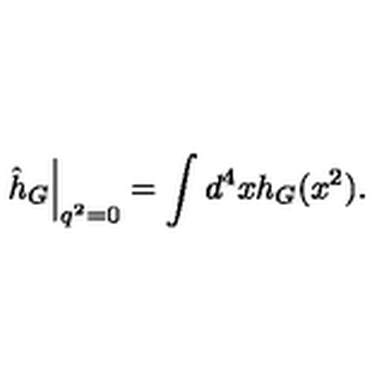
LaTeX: \left. \hat { h } _ { G } \right| _ { q ^ { 2 } = 0 } = \int d ^ { 4 } x h _ { G } ( x ^ { 2 } ) .